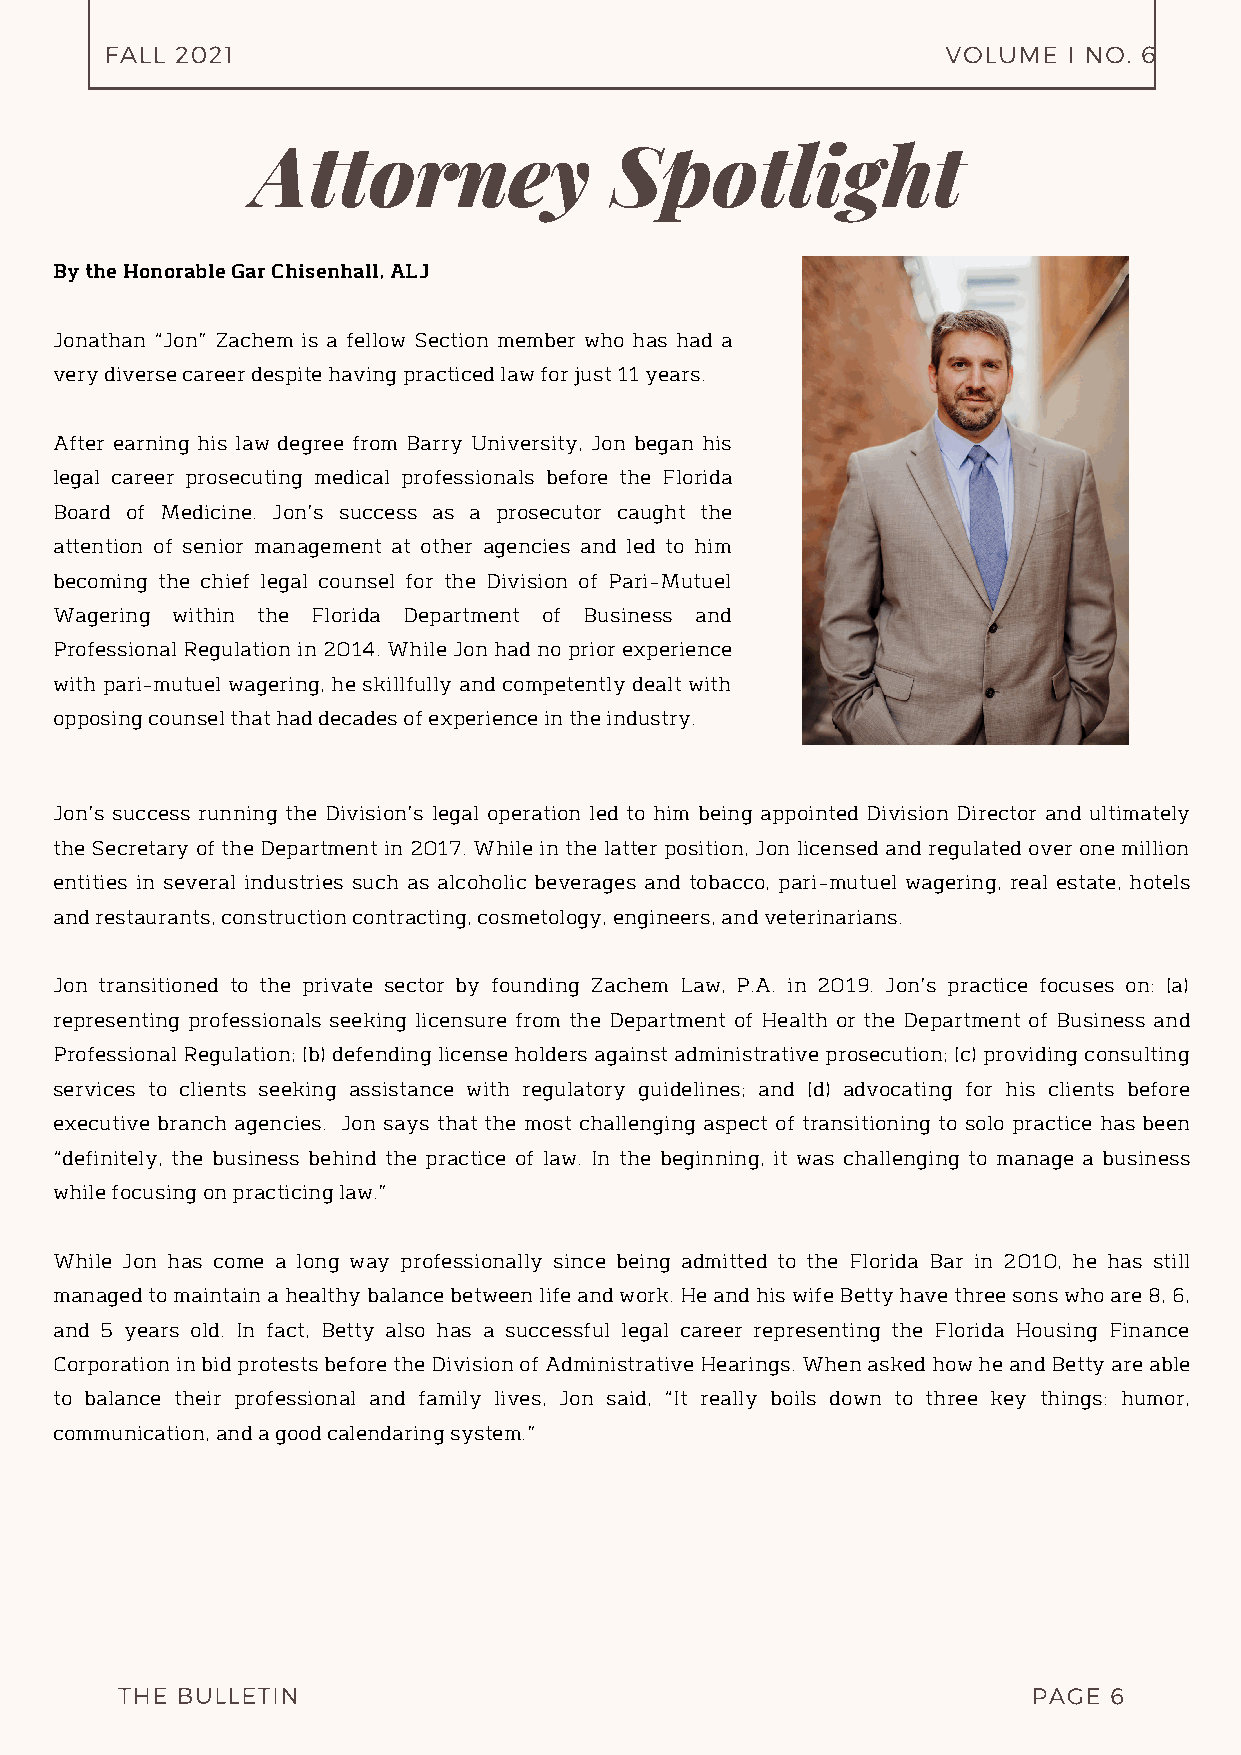
FALL 2021                                               VOLUME  I NO. 6
 Attorney               Spotlight
 By the Honorable Gar Chisenhall, ALJ
 Jonathan “Jon” Zachem is a fellow Section member who has had a
 very diverse career despite having practiced law for just 11 years.
 After earning his law degree from Barry University, Jon began his
 legal career prosecuting medical professionals before the Florida
 Board of Medicine. Jon’s success as a prosecutor caught the
 attention of senior management at other agencies and led to him
 becoming the chief legal counsel for the Division of Pari-Mutuel
 Wagering within the Florida Department of Business and
 Professional Regulation in 2014. While Jon had no prior experience
 with pari-mutuel wagering, he skillfully and competently dealt with
 opposing counsel that had decades of experience in the industry.
 Jon’s success running the Division’s legal operation led to him being appointed Division Director and ultimately
 the Secretary of the Department in 2017. While in the latter position, Jon licensed and regulated over one million
 entities in several industries such as alcoholic beverages and tobacco, pari-mutuel wagering, real estate, hotels
 and restaurants, construction contracting, cosmetology, engineers, and veterinarians.
 Jon transitioned to the private sector by founding Zachem Law, P.A. in 2019. Jon’s practice focuses on: (a)
 representing professionals seeking licensure from the Department of Health or the Department of Business and
 Professional Regulation; (b) defending license holders against administrative prosecution; (c) providing consulting
 services to clients seeking assistance with regulatory guidelines; and (d) advocating for his clients before
 executive branch agencies. Jon says that the most challenging aspect of transitioning to solo practice has been
 “definitely, the business behind the practice of law. In the beginning, it was challenging to manage a business
 while focusing on practicing law.”
 While Jon has come a long way professionally since being admitted to the Florida Bar in 2010, he has still
 managed to maintain a healthy balance between life and work. He and his wife Betty have three sons who are 8, 6,
 and 5 years old. In fact, Betty also has a successful legal career representing the Florida Housing Finance
 Corporation in bid protests before the Division of Administrative Hearings. When asked how he and Betty are able
 to balance their professional and family lives, Jon said, “It really boils down to three key things: humor,
 communication, and a good calendaring system.”
 THE BULLETIN                                                PAGE 6